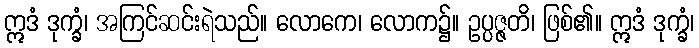
ဣဒံ ဒုက္ခံ၊ အကြင်ဆင်းရဲသည်။ လောကေ၊ လောက၌။ ဥပ္ပဇ္ဇတိ၊ ဖြစ်၏။ ဣဒံ ဒုက္ခံ၊